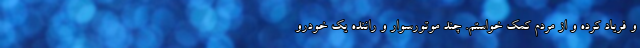
و فریاد کرده و از مردم کمک خواستم. چند موتورسوار و راننده یک خودرو